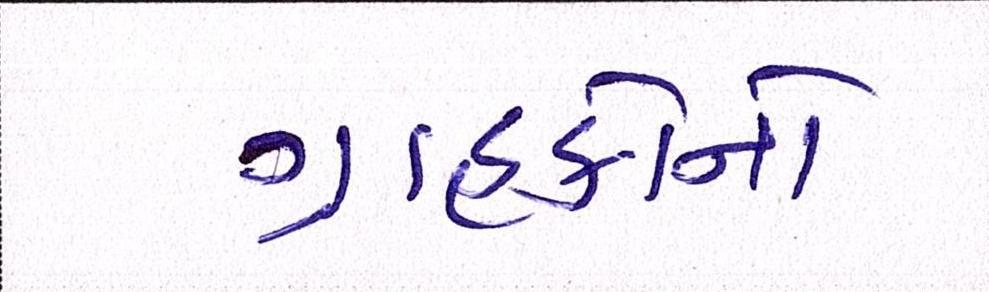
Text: ગ્રાહકોનો